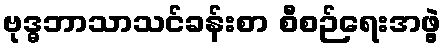
ဗုဒ္ဓဘာသာသင်ခန်းစာ စီစဉ်ရေးအဖွဲ့